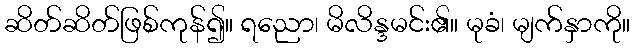
ဆိတ်ဆိတ်ဖြစ်ကုန်၍။ ရညော၊ မိလိန္ဒမင်း၏။ မုခံ၊ မျက်နှာကို။